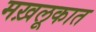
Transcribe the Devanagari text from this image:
मख़लूकात